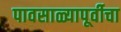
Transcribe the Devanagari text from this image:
पावसाळ्यापूर्वीचा